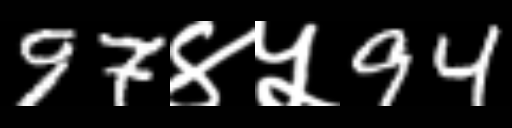
Text: 97४५94